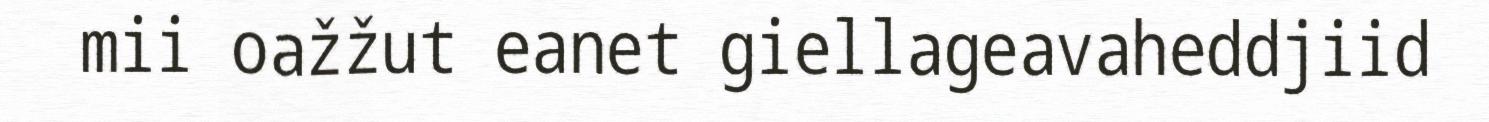
mii oažžut eanet giellageavaheddjiid